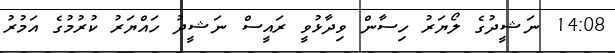
14:08 ނަޝީދުގެ ލޯޔަރު ހިސާން ވިދާޅުވީ ރައީސް ނަޝީދު ހައްޔަރު ކުރުމުގެ އަމުރު